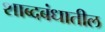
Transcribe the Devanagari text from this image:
शाब्दबंधातील